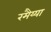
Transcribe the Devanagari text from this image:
रमैय्या